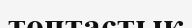
топтастық